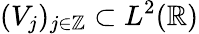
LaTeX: (V_{j})_{j\in\mathbb{Z}}\subset L^{2}(\mathbb{R})